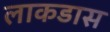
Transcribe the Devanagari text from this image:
लाकडास